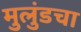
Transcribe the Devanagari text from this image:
मुलुंडचा